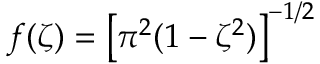
f ( \zeta ) = \left[ \pi ^ { 2 } ( 1 - \zeta ^ { 2 } ) \right] ^ { - 1 / 2 }